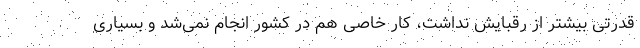
قدرتی بیشتر از رقبایش نداشت، کار خاصی هم در کشور انجام نمی‌شد و بسیاری